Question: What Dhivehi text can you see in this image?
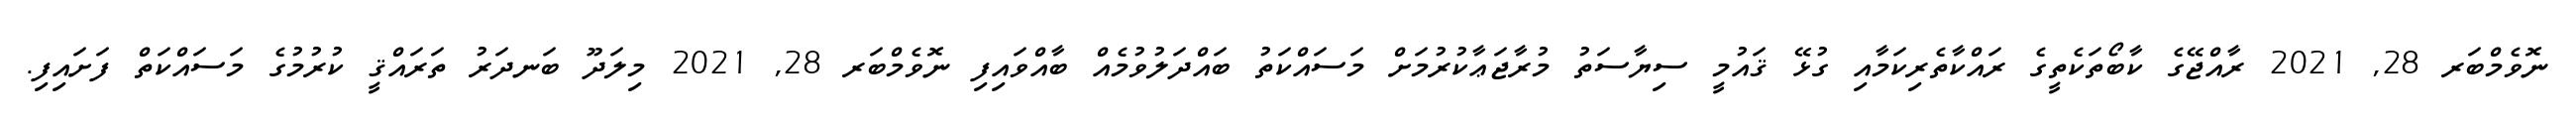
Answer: ނޮވެމްބަރ 28, 2021 ރާއްޖޭގެ ކާބޯތަކެތީގެ ރައްކާތެރިކަމާއި ގުޅޭ ޤައުމީ ސިޔާސަތު މުރާޖަޢާކުރުމަށް މަސައްކަތު ބައްދަލުވުމެއް ބާއްވައިފި ނޮވެމްބަރ 28, 2021 މިލަދޫ ބަނދަރު ތަރައްޤީ ކުރުމުގެ މަސައްކަތް ފަށައިފި.